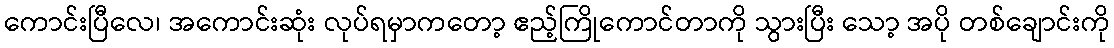
ကောင်းပြီလေ၊ အကောင်းဆုံး လုပ်ရမှာကတော့ ဧည့်ကြိုကောင်တာကို သွားပြီး သော့ အပို တစ်ချောင်းကို